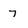
Character: 7